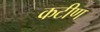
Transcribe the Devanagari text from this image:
कटीण